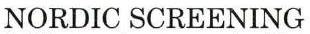
NORDIC SCREENING